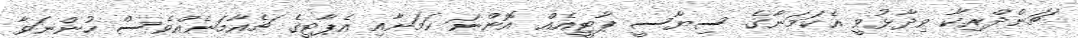
ޗަންދްރިކާ ވިދާޅުވީީ އެކަމަނާގެ ސިޔާސީ ޕާޓީއެއް އޮންނަ ކަމަށާއި އެޕާޓީގެ ޗެއާމަނެއްވެސް ހުންނަވާ